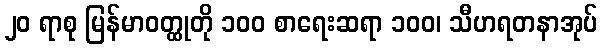
၂၀ ရာစု မြန်မာဝတ္ထုတို ၁၀၀ စာရေးဆရာ ၁၀၀၊ သီဟရတနာအုပ်